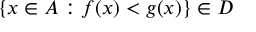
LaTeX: \{ x \in A : f ( x ) < g ( x ) \} \in D